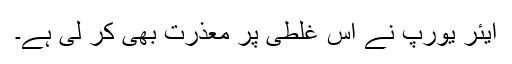
ایئر یورپ نے اس غلطی پر معذرت بھی کر لی ہے۔